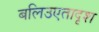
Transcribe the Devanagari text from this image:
बलिउएतादृश